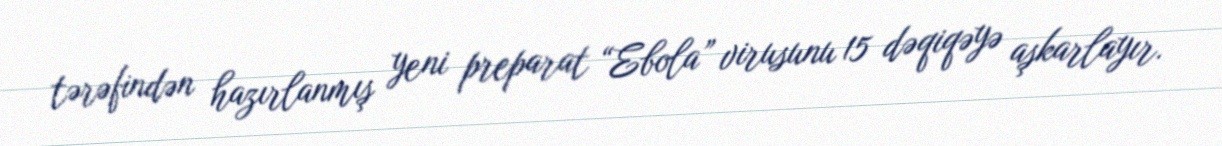
tərəfindən hazırlanmış yeni preparat “Ebola” virusunu 15 dəqiqəyə aşkarlayır.